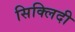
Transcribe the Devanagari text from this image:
सिक्लिदी